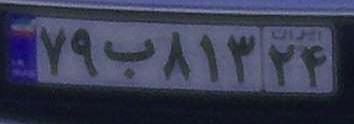
۷۹ب۸۱۳۲۴